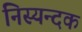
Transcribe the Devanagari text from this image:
निस्यन्दक